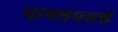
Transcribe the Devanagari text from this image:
पागलपनसे